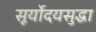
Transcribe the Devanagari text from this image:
सूर्योदयसुद्धा